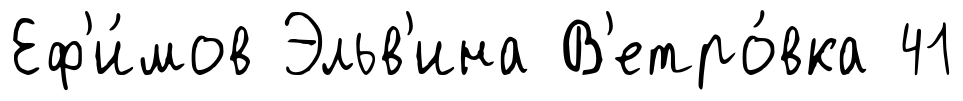
Еф'и́мов Эльв'ина В'етро́вка 41